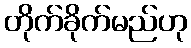
တိုက်ခိုက်မည်ဟု